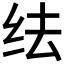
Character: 𬘛